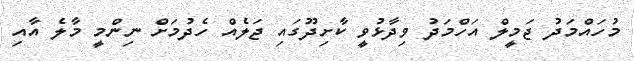
މުހައްމަދު ޖަމީލް އަހްމަދު ވިދާޅުވީ ކާށިދޫގައި ޖަލެއް ހެދުމަށް ނިންމީ މާލެ އާއި